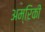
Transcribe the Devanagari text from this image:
अम्रिकी